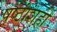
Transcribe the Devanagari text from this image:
षष्ठांशही